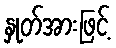
နှုတ်အားဖြင့်